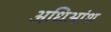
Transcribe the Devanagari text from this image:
अधिआंश